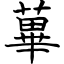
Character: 蓽